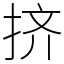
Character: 挤